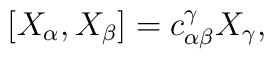
[X_{\alpha},X_{\beta}]=c_{\alpha \beta}^{\gamma}X_{\gamma},